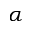
\alpha